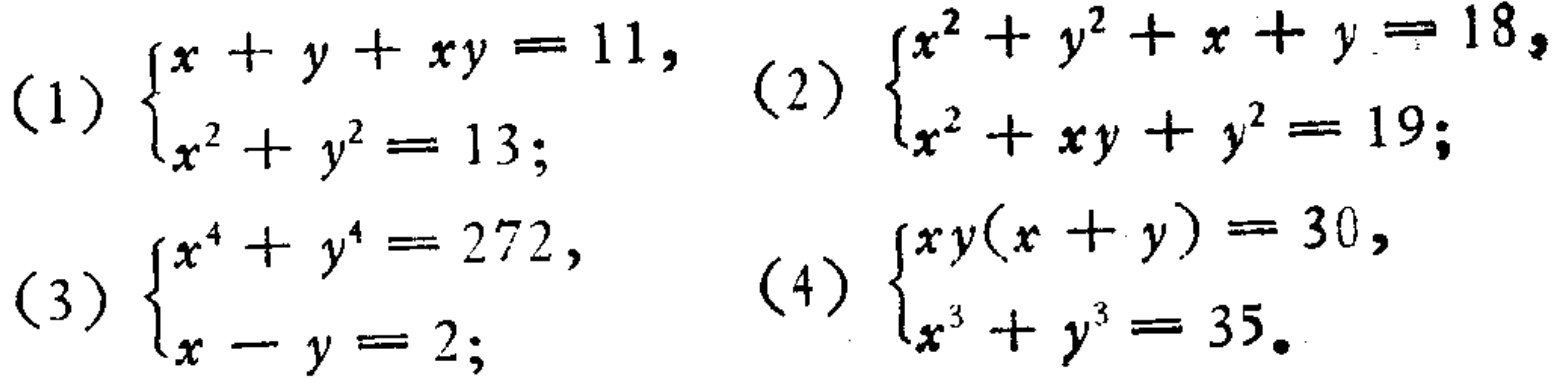
(1) \(\begin{cases}x + y+xy = 11,\\x^{2}+y^{2}=13;\end{cases}\) (2) \(\begin{cases}x^{2}+y^{2}+x + y = 18,\\x^{2}+xy + y^{2}=19;\end{cases}\)
(3) \(\begin{cases}x^{4}+y^{4}=272,\\x - y = 2;\end{cases}\) (4) \(\begin{cases}xy(x + y)=30,\\x^{3}+y^{3}=35.\end{cases}\)